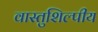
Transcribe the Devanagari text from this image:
वास्‍तुशिल्‍पीय